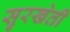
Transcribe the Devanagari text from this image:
सुरखेती